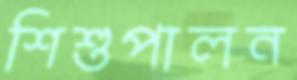
শিশুপালন